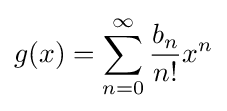
g(x)=\sum _{n=0}^{\infty }{\frac {b_{n}}{n!}}x^{n}